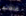
غلطتها